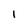
Character: I